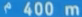
400 m